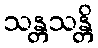
သန္တသန္တိ